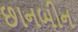
છાનબીન